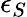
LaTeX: \epsilon_{S}